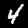
Digit: 4